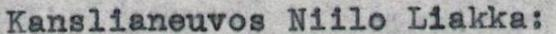
Kanslianeuvos Niilo Liakka: